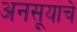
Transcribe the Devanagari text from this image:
अनसूयाचे